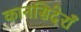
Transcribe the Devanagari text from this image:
कानसिदेराँ